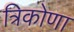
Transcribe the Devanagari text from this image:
त्रिकोणा